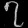
Digit: ၇